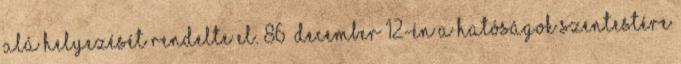
alá helyezését rendelte el. 86 December 12-én a hatóságok Szentestére